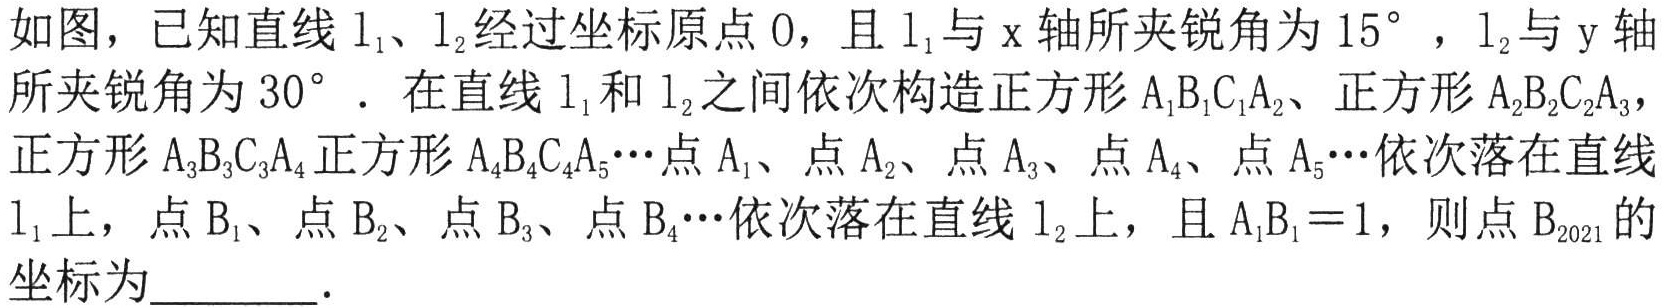
如图，已知直线\(l_{1}\)、\(l_{2}\)经过坐标原点\(O\)，且\(l_{1}\)与\(x\)轴所夹锐角为\(15^{\circ}\)，\(l_{2}\)与\(y\)轴所夹锐角为\(30^{\circ}\)．在直线\(l_{1}\)和\(l_{2}\)之间依次构造正方形\(A_{1}B_{1}C_{1}A_{2}\)、正方形\(A_{2}B_{2}C_{2}A_{3}\)，正方形\(A_{3}B_{3}C_{3}A_{4}\)正方形\(A_{4}B_{4}C_{4}A_{5}\cdots\)点\(A_{1}\)、点\(A_{2}\)、点\(A_{3}\)、点\(A_{4}\)、点\(A_{5}\cdots\)依次落在直线\(l_{1}\)上，点\(B_{1}\)、点\(B_{2}\)、点\(B_{3}\)、点\(B_{4}\cdots\)依次落在直线\(l_{2}\)上，且\(A_{1}B_{1}=1\)，则点\(B_{2021}\)的坐标为  ．